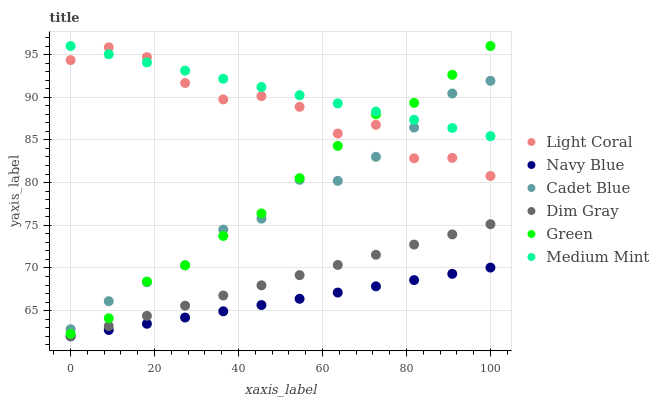
| xaxis_label | Light Coral | Navy Blue | Cadet Blue | Dim Gray | Green | Medium Mint |
 | --- | --- | --- | --- | --- | --- | --- |
 | 0 | 94.3 | 62 | 62.8 | 62 | 62.3 | 96 |
 | 9.09 | 95.8 | 62.7 | 66.1 | 63.2 | 64.1 | 95 |
 | 18.2 | 94.7 | 63.5 | 68.3 | 64.4 | 68.4 | 94.1 |
 | 27.3 | 91.7 | 64.2 | 70.3 | 65.6 | 70.3 | 93.1 |
 | 36.4 | 89.7 | 64.9 | 74.5 | 66.8 | 73.7 | 92.2 |
 | 45.5 | 90.1 | 65.7 | 75.8 | 68 | 76.4 | 91.2 |
 | 54.5 | 88.9 | 66.4 | 80.3 | 69.2 | 80.5 | 90.2 |
 | 63.6 | 85.8 | 67.1 | 80.2 | 70.4 | 84.3 | 89.3 |
 | 72.7 | 86.8 | 67.8 | 83 | 71.5 | 88 | 88.3 |
 | 81.8 | 82.8 | 68.6 | 86.4 | 72.7 | 89.3 | 87.4 |
 | 90.9 | 82.9 | 69.3 | 90.4 | 73.9 | 92.6 | 86.4 |
 | 100 | 80.8 | 70 | 91.9 | 75.1 | 96 | 85.4 |